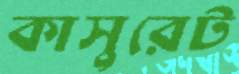
কাসুরেট